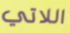
اللاتي